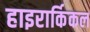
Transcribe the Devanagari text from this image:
हाइरार्किकल